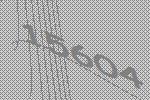
15604